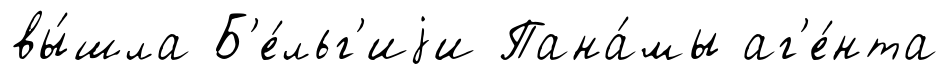
вы́шла Б'е́льг'иjи Пана́мы аг'е́нта